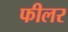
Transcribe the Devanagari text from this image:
फीलर